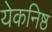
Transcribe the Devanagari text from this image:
येकनिष्ठ